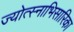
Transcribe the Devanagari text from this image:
ज्योत्स्नाभिसारिका